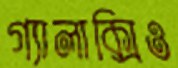
গ্যালাক্সিও